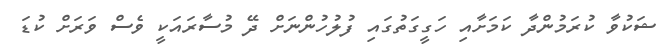
ޝަކުވާ ކުރަމުންދާ ކަމަށާއި ހަގީގަތުގައި ފުލުހުންނަށް ދޭ މުސާރައަކީ ވެސް ވަރަށް ކުޑަ